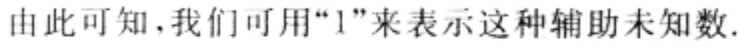
由此可知,我们可用“1”来表示这种辅助未知数.